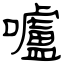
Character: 嚧